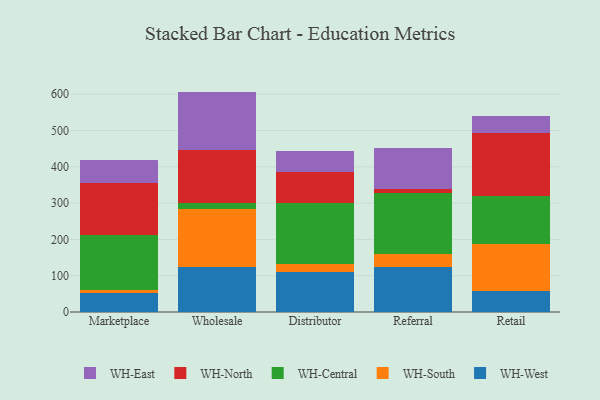
{"axis": {"x": "Channel", "y": "Production Output"}, "legend": ["WH-Central", "WH-East", "WH-North", "WH-South", "WH-West"], "data": [{"x": "Marketplace", "y": 53.6, "type": "WH-West"}, {"x": "Marketplace", "y": 6.9, "type": "WH-South"}, {"x": "Marketplace", "y": 150.7, "type": "WH-Central"}, {"x": "Marketplace", "y": 142.9, "type": "WH-North"}, {"x": "Marketplace", "y": 65.6, "type": "WH-East"}, {"x": "Wholesale", "y": 123.3, "type": "WH-West"}, {"x": "Wholesale", "y": 161.8, "type": "WH-South"}, {"x": "Wholesale", "y": 14.9, "type": "WH-Central"}, {"x": "Wholesale", "y": 146.1, "type": "WH-North"}, {"x": "Wholesale", "y": 161.1, "type": "WH-East"}, {"x": "Distributor", "y": 111.4, "type": "WH-West"}, {"x": "Distributor", "y": 20.4, "type": "WH-South"}, {"x": "Distributor", "y": 169.4, "type": "WH-Central"}, {"x": "Distributor", "y": 84.0, "type": "WH-North"}, {"x": "Distributor", "y": 58.1, "type": "WH-East"}, {"x": "Referral", "y": 123.2, "type": "WH-West"}, {"x": "Referral", "y": 37.3, "type": "WH-South"}, {"x": "Referral", "y": 167.9, "type": "WH-Central"}, {"x": "Referral", "y": 10.0, "type": "WH-North"}, {"x": "Referral", "y": 113.1, "type": "WH-East"}, {"x": "Retail", "y": 57.2, "type": "WH-West"}, {"x": "Retail", "y": 130.9, "type": "WH-South"}, {"x": "Retail", "y": 132.7, "type": "WH-Central"}, {"x": "Retail", "y": 171.1, "type": "WH-North"}, {"x": "Retail", "y": 46.8, "type": "WH-East"}]}